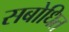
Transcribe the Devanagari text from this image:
सबोधित